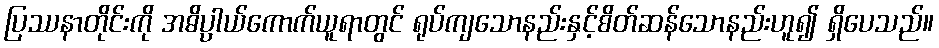
ပြဿနာတိုင်းကို အဓိပ္ပါယ်ကောက်ယူရာတွင် ရုပ်ကျသောနည်းနှင့်စိတ်ဆန်သောနည်းဟူ၍ ရှိပေသည်။